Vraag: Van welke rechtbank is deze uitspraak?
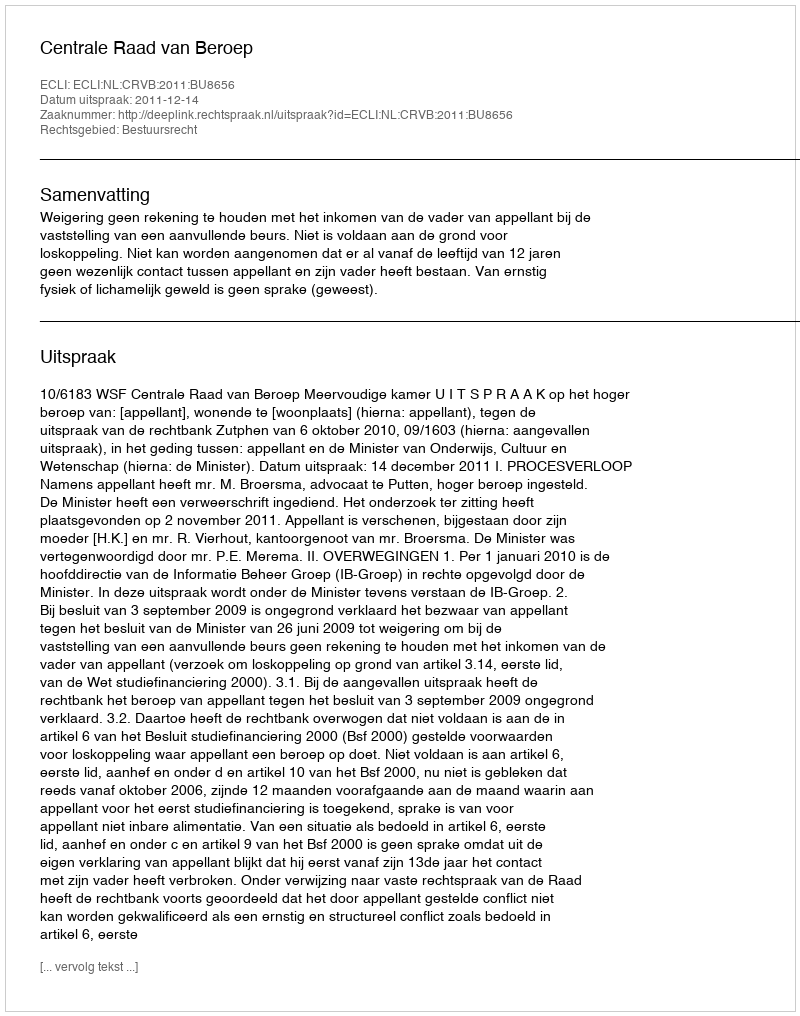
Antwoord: Centrale Raad van Beroep